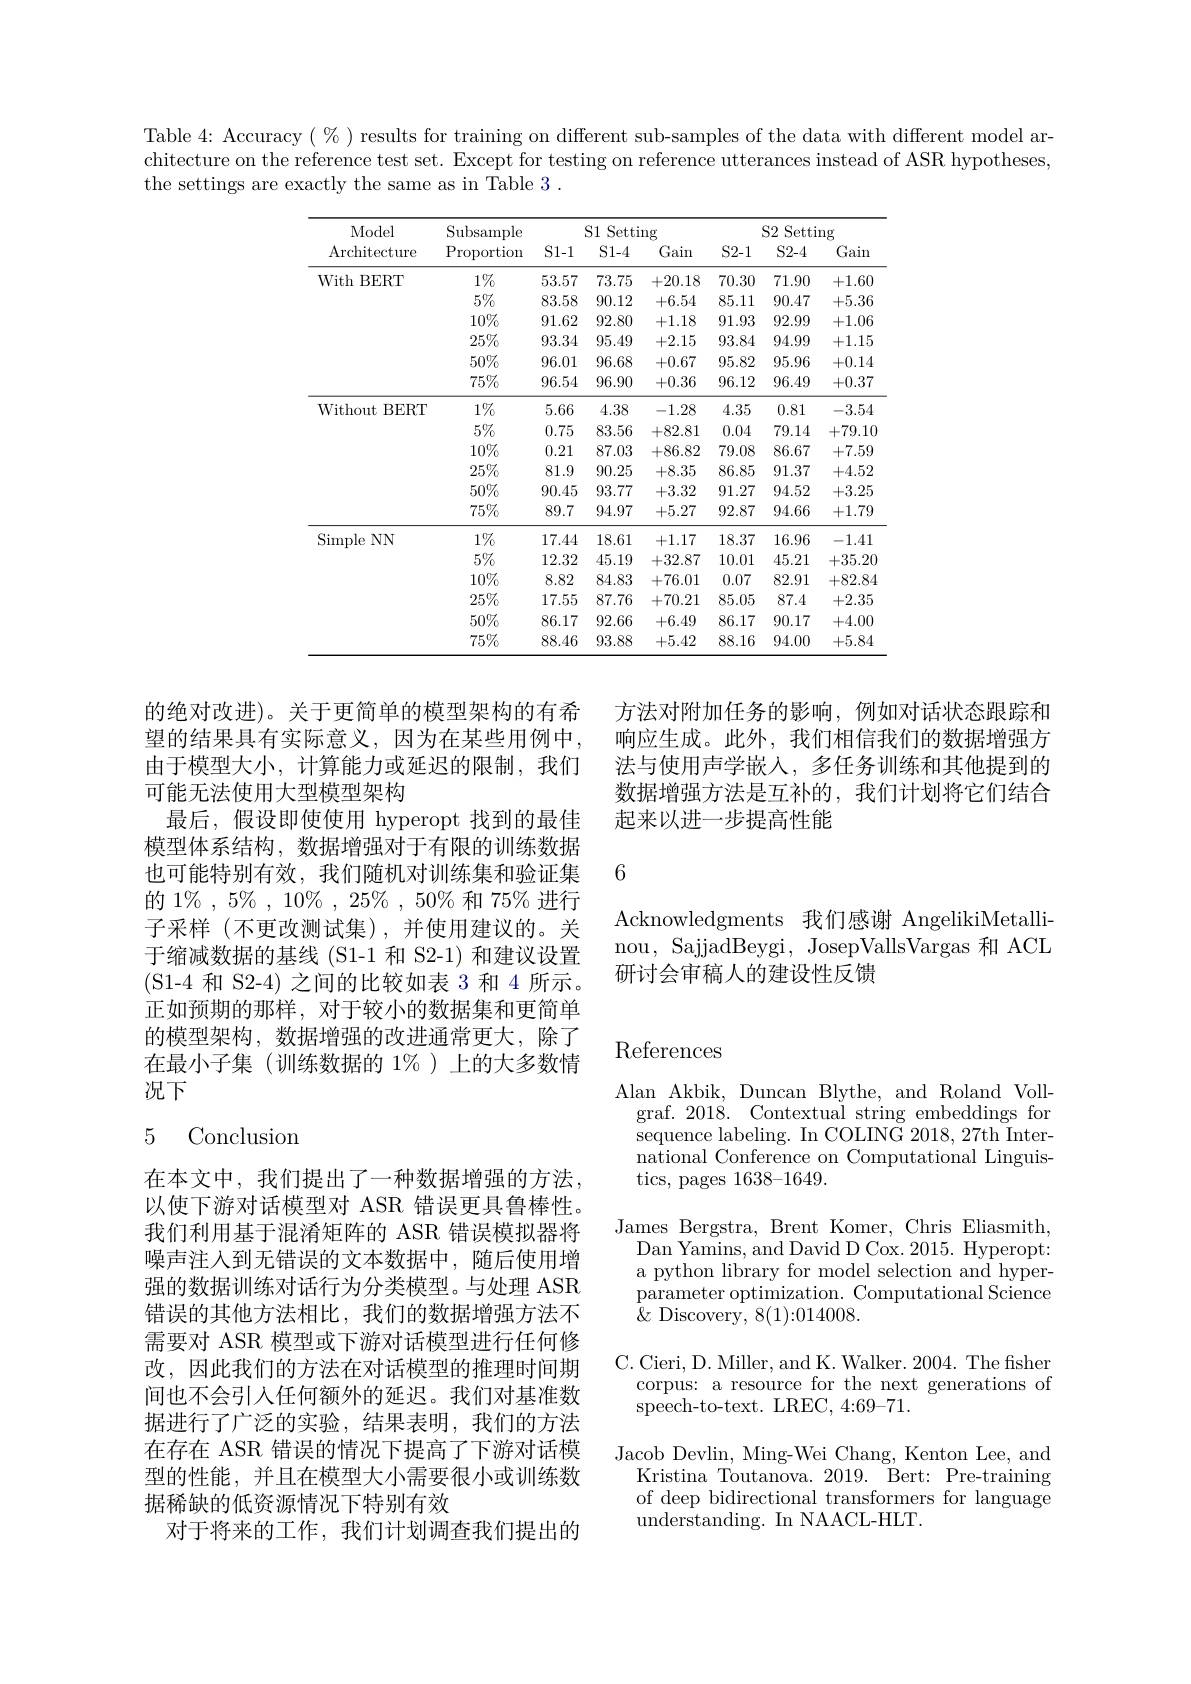
Table 4: Accuracy $(\%)$ results for training on different sub-samples of the data with different model architecture on the reference test set. Except for testing on reference utterances instead of ASR hypotheses, the settings are exactly the same as in Table 3 .

<table>
	<tbody>
		<tr>
			<th rowspan="2">Model $\operatorname{Architecture}$</th>
			<th rowspan="2">$\operatorname{Subsample}$ $\operatorname{Proportion}$</th>
			<th colspan="3">S1 Setting</th>
			<th colspan="3">S2 Setting</th>
		</tr>
		<tr>
			<th>S1-1</th>
			<th>$S1-4$</th>
			<th>Gain</th>
			<th>$S2-1$</th>
			<th>$S2-4$</th>
			<th>Gain</th>
		</tr>
		<tr>
			<td rowspan="6">With $\textbf{BERT}$</td>
			<td>$1\%$</td>
			<td>53.57</td>
			<td>73.75</td>
			<td>+20.18</td>
			<td>70.30</td>
			<td>71.90</td>
			<td>+1.60</td>
		</tr>
		<tr>
			<td>$5\%$</td>
			<td>83.58</td>
			<td>90.12</td>
			<td>+6.54</td>
			<td>85.11</td>
			<td>90.47</td>
			<td>+5.36</td>
		</tr>
		<tr>
			<td>$10\%$</td>
			<td>91.62</td>
			<td>92.80</td>
			<td>+1.18</td>
			<td>91.93</td>
			<td>92.99</td>
			<td>+1.06</td>
		</tr>
		<tr>
			<td>$25\%$</td>
			<td>93.34</td>
			<td>95.49</td>
			<td>+2.15</td>
			<td>93.84</td>
			<td>94.99</td>
			<td>+1.15</td>
		</tr>
		<tr>
			<td>$50\%$</td>
			<td>96.01</td>
			<td>96.68</td>
			<td>+0.67</td>
			<td>95.82</td>
			<td>95.96</td>
			<td>+0.14</td>
		</tr>
		<tr>
			<td>$75\%$</td>
			<td>96.54</td>
			<td>96.90</td>
			<td>+0.36</td>
			<td>96.12</td>
			<td>96.49</td>
			<td>+0.37</td>
		</tr>
		<tr>
			<td rowspan="6">Without $\textbf{t}$BERT</td>
			<td>$1\%$</td>
			<td>5.66</td>
			<td>4.38</td>
			<td>-1.28</td>
			<td>4.35</td>
			<td>0.81</td>
			<td>-3.54</td>
		</tr>
		<tr>
			<td>$5\%$</td>
			<td>0.75</td>
			<td>83.56</td>
			<td>+82.81</td>
			<td>0.04</td>
			<td>79.14</td>
			<td>+79.10</td>
		</tr>
		<tr>
			<td>$10\%$</td>
			<td>0.21</td>
			<td>87.03</td>
			<td>+86.82</td>
			<td>79.08</td>
			<td>86.67</td>
			<td>+7.59</td>
		</tr>
		<tr>
			<td>$25\%$</td>
			<td>81.9</td>
			<td>90.25</td>
			<td>+8.35</td>
			<td>86.85</td>
			<td>91.37</td>
			<td>+4.52</td>
		</tr>
		<tr>
			<td>$50\%$</td>
			<td>90.45</td>
			<td>93.77</td>
			<td>+3.32</td>
			<td>91.27</td>
			<td>94.52</td>
			<td>+3.25</td>
		</tr>
		<tr>
			<td>$75\%$</td>
			<td>89.7</td>
			<td>94.97</td>
			<td>+5.27</td>
			<td>92.87</td>
			<td>94.66</td>
			<td>+1.79</td>
		</tr>
		<tr>
			<td rowspan="6">Simple NN</td>
			<td>$1\%$</td>
			<td>17.44</td>
			<td>18.61</td>
			<td>+1.17</td>
			<td>18.37</td>
			<td>16.96</td>
			<td>-1.41</td>
		</tr>
		<tr>
			<td>$5\%$</td>
			<td>12.32</td>
			<td>45.19</td>
			<td>+32.87</td>
			<td>10.01</td>
			<td>45.21</td>
			<td>+35.20</td>
		</tr>
		<tr>
			<td>$10\%$</td>
			<td>8.82</td>
			<td>84.83</td>
			<td>+76.01</td>
			<td>0.07</td>
			<td>82.91</td>
			<td>+82.84</td>
		</tr>
		<tr>
			<td>$25\%$</td>
			<td>17.55</td>
			<td>87.76</td>
			<td>+70.21</td>
			<td>85.05</td>
			<td>87.4</td>
			<td>+2.35</td>
		</tr>
		<tr>
			<td>$50\%$</td>
			<td>86.17</td>
			<td>92.66</td>
			<td>+6.49</td>
			<td>86.17</td>
			<td>90.17</td>
			<td>+4.00</td>
		</tr>
		<tr>
			<td>$75\%$</td>
			<td>88.46</td>
			<td>93.88</td>
			<td>+5.42</td>
			<td>88.16</td>
			<td>94.00</td>
			<td>+5.84</td>
		</tr>
	</tbody>
</table>

方法对附加任务的影响，例如对话状态跟踪和响应生成。此外，我们相信我们的数据增强方法与使用声学嵌入，多任务训练和其他提到的数据增强方法是互补的，我们计划将它们结合起来以进一步提高性能

6

的绝对改进)。关于更简单的模型架构的有希望的结果具有实际意义，因为在某些用例中， 由于模型大小，计算能力或延迟的限制，我们可能无法使用大型模型架构
最后，假设即使使用 hyperopt 找到的最佳模型体系结构，数据增强对于有限的训练数据也可能特别有效，我们随机对训练集和验证集的 1% , $5\%$ , $10\%$ , $25\%$ , $50\%$ $和$ $75\%$ $进 行$ 子采样(不更改测试集),并使用建议的。关于缩减数据的基线(S1-1 和 S2-1) 和建议设置(S1-4 和 S2-4) 之间的比较如表 3 和 4 所示。正如预期的那样，对于较小的数据集和更简单的模型架构，数据增强的改进通常更大，除了在最小子集(训练数据的 1%)上的大多数情况下

Acknowledgments 我们感谢 AngelikiMetallinou, SajjadBeygi, JosepVallsVargas 和 ACL 研讨会审稿人的建设性反馈

## $\operatorname{References}$

## 5 Conclusion

Alan Akbik, Duncan Blythe, and Roland Vollgraf. 2018. Contextual string embeddings for sequence labeling. In COLING 2018, 27th International Conference on Computational Linguistics, pages 1638-1649.
James Bergstra, Brent Komer, Chris Eliasmith, Dan Yamins, and David D Cox. 2015. Hyperopt: a python library for model selection and hyperparameter optimization. Computational Science $\stackrel{1}{\operatorname*{\operatorname*{\operatorname*{\operatorname*{Q}}}}}$Discovery,8(1):014008.
C. Cieri, D. Miller, and K. Walker. 2004. The fisher
corpus: a resource for the next generations of
$\dot{\mathrm{speech-to-text.~LREC,~4:69-71.}}$
Jacob Devlin, Ming-Wei Chang, Kenton Lee, and
Kristina Toutanova. 2019. Bert: Pre-training of deep bidirectional transformers for language $\bar{\text{understanding. In NAACL-HLT}}.$

在本文中，我们提出了一种数据增强的方法， 以使下游对话模型对 ASR 错误更具鲁棒性。我们利用基于混淆矩阵的 ASR 错误模拟器将噪声注入到无错误的文本数据中，随后使用增强的数据训练对话行为分类模型。与处理 ASR 错误的其他方法相比，我们的数据增强方法不需要对 ASR 模型或下游对话模型进行任何修改，因此我们的方法在对话模型的推理时间期间也不会引入任何额外的延迟。我们对基准数据进行了广泛的实验，结果表明，我们的方法在存在 ASR 错误的情况下提高了下游对话模型的性能，并且在模型大小需要很小或训练数据稀缺的低资源情况下特别有效
对于将来的工作，我们计划调查我们提出的